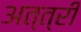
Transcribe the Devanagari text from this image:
अत्त्री